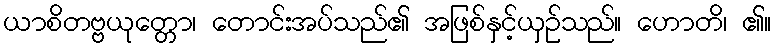
ယာစိတဗ္ဗယုတ္တော၊ တောင်းအပ်သည်၏ အဖြစ်နှင့်ယှဉ်သည်။ ဟောတိ၊ ၏။